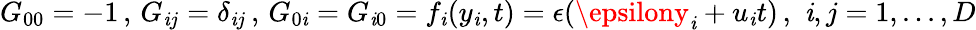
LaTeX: G_{00}=-1\, ,\, G_{\mathit{i}j}=\delta_{\mathit{i}j}\, ,\, G_{0\mathit{i}}=G_{\mathit{i}0}=f_{\mathit{i}}(y_{\mathit{i}},t)=\epsilon(\epsilony_{\mathit{i}}+u_{\mathit{i}}t)\, ,\, \, \mathit{i},j=1,...,D